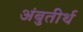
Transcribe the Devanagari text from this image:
अंबुतीर्थ